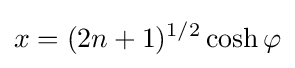
x=(2n+1)^{1/2}\cosh \varphi